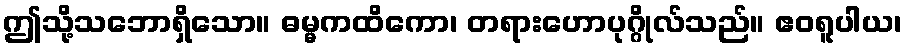
ဤသို့သဘောရှိသော။ ဓမ္မကထိကော၊ တရားဟောပုဂ္ဂိုလ်သည်။ ဧဝရူပါယ၊